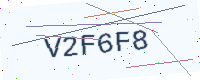
Text: V2F6F8